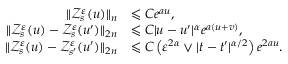
\begin{array} { r l } { \| \mathscr { Z } _ { s } ^ { \varepsilon } ( u ) \| _ { n } } & { \leqslant C e ^ { a u } , } \\ { \| \mathscr { Z } _ { s } ^ { \varepsilon } ( u ) - \mathscr { Z } _ { s } ^ { \varepsilon } ( u ^ { \prime } ) \| _ { 2 n } } & { \leqslant C | u - u ^ { \prime } | ^ { \alpha } e ^ { a ( u + v ) } , } \\ { \| \mathscr { Z } _ { s } ^ { \varepsilon } ( u ) - \mathscr { Z } _ { s ^ { \prime } } ^ { \varepsilon } ( u ^ { \prime } ) \| _ { 2 n } } & { \leqslant C \left( \varepsilon ^ { 2 \alpha } \vee | t - t ^ { \prime } | ^ { \alpha / 2 } \right) e ^ { 2 a u } . } \end{array}